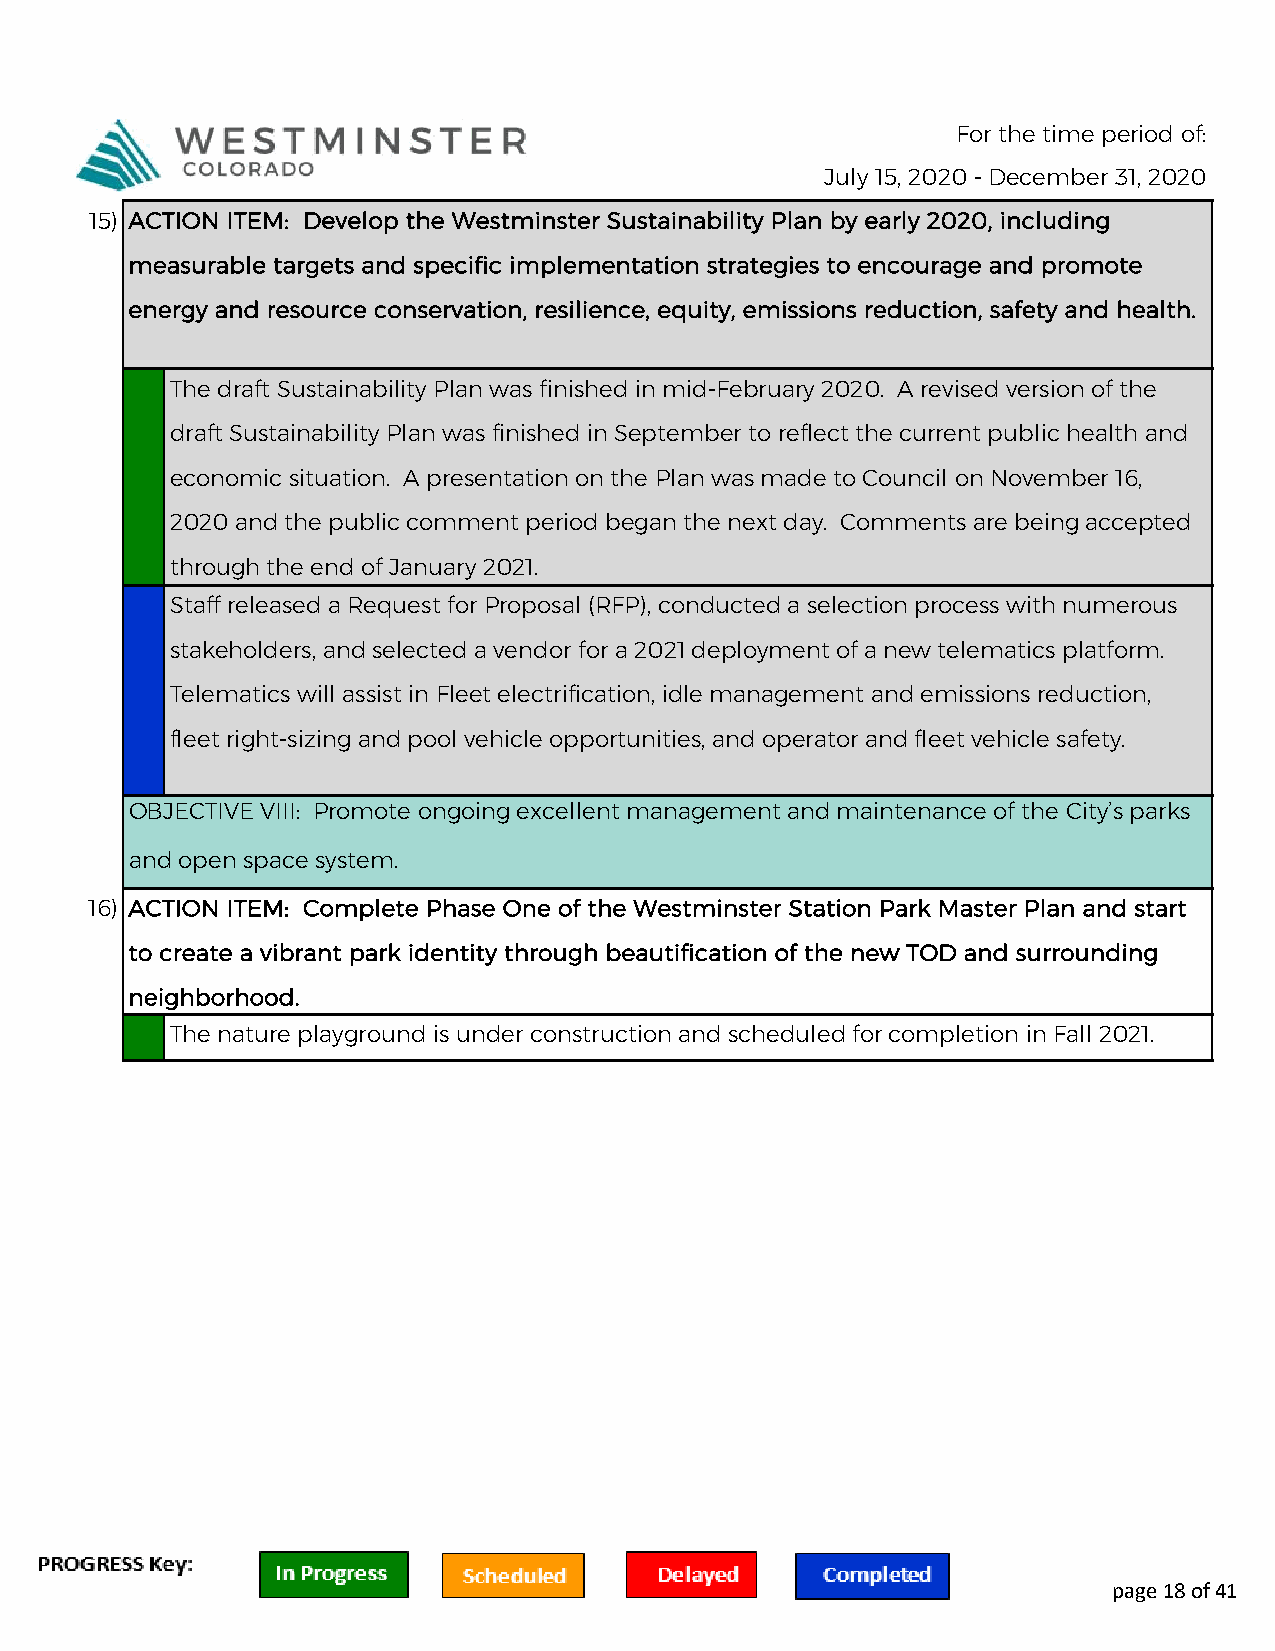
For the time period of:
 July 15, 2020 - December 31, 2020
 15) ACTION ITEM: Develop the Westminster Sustainability Plan by early 2020, including
 measurable targets and specific implementation strategies to encourage and promote
 energy and resource conservation, resilience, equity, emissions reduction, safety and health.
 The draft Sustainability Plan was finished in mid-February 2020. A revised version of the
 draft Sustainability Plan was finished in September to reflect the current public health and
 economic situation. A presentation on the Plan was made to Council on November 16,
 2020 and the public comment period began the next day. Comments are being accepted
 through the end of January 2021.
 Staff released a Request for Proposal (RFP), conducted a selection process with numerous
 stakeholders, and selected a vendor for a 2021 deployment of a new telematics platform.
 Telematics will assist in Fleet electrification, idle management and emissions reduction,
 fleet right-sizing and pool vehicle opportunities, and operator and fleet vehicle safety.
 OBJECTIVE VIII: Promote ongoing excellent management and maintenance of the City’s parks
 and open space system.
 16) ACTION ITEM: Complete Phase One of the Westminster Station Park Master Plan and start
 to create a vibrant park identity through beautification of the new TOD and surrounding
 neighborhood.
 The nature playground is under construction and scheduled for completion in Fall 2021.
 page 18 of 41